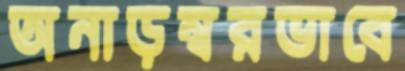
অনাড়ম্বরভাবে